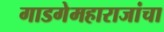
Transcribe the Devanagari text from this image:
गाडगेमहाराजांचा